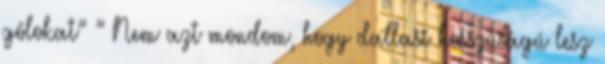
gólokat” ” Nem azt mondom, hogy dallasi hosszúságú lesz